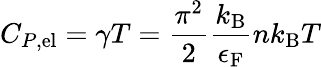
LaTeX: C_{P,\mathrm{{el}}}=\gamma T={\frac{\pi^{2}}{2}}{\frac{k_{\mathrm{{B}}}}{\epsilon_{\mathrm{{F}}}}}nk_{\mathrm{{B}}}T